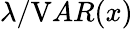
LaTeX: \lambda/{\mathrm{V}AR}(x)